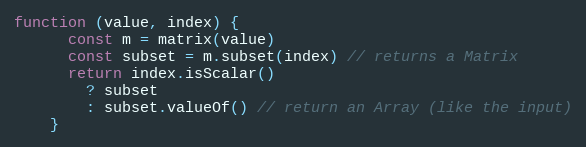
Language: JavaScript
function (value, index) {
      const m = matrix(value)
      const subset = m.subset(index) // returns a Matrix
      return index.isScalar()
        ? subset
        : subset.valueOf() // return an Array (like the input)
    }